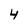
Character: 4